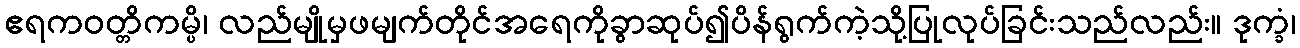
ဧရကဝတ္တိကမ္ပိ၊ လည်မျိုမှဖမျက်တိုင်အရေကိုခွာဆုပ်၍ပိန်ရွက်ကဲ့သို့ပြုလုပ်ခြင်းသည်လည်း။ ဒုက္ခံ၊